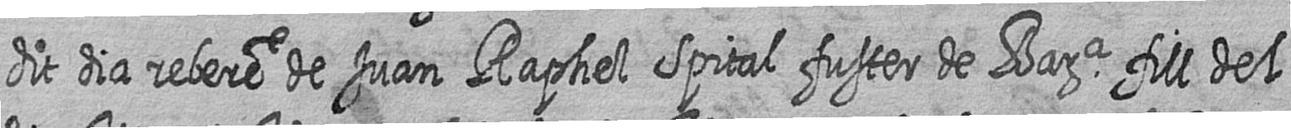
dit dia rebere de Juan Raphel Spital fuster de Bara fill del